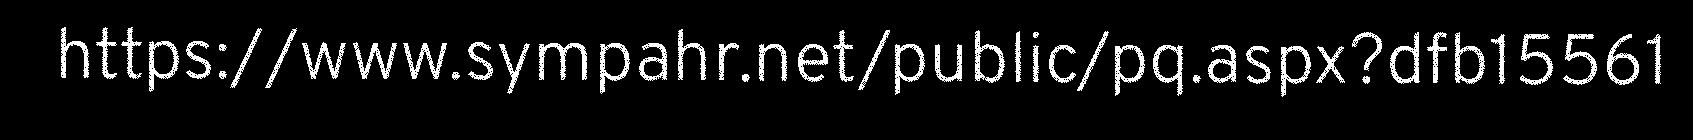
https://www.sympahr.net/public/pq.aspx?dfb15561